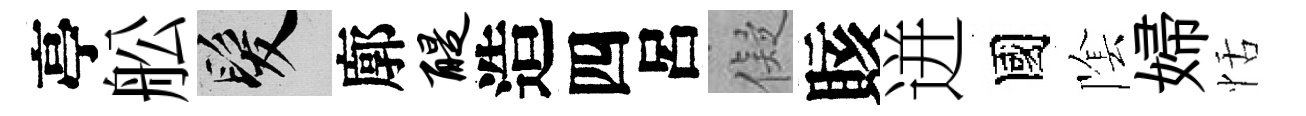
亭舩髮廓醍造四呂儗賅迸國隂婦恬